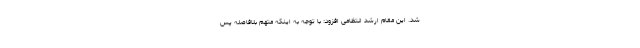
شد. این مقام ارشد انتظامی افزود: با توجه به اینکه متهم بلافاصله پس